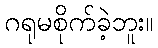
ဂရုမစိုက်ခဲ့ဘူး။